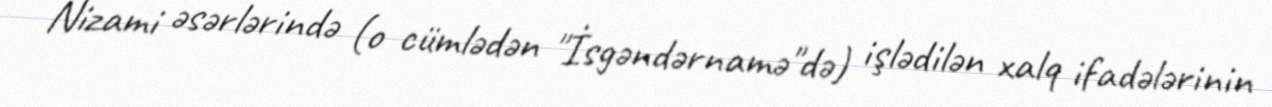
Nizami əsərlərində (o cümlədən "İsgəndərnamə"də) işlədilən xalq ifadələrinin